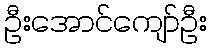
ဦးအောင်ကျော်ဦး